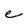
Character: e